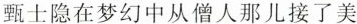
甄士隐在梦幻中从僧人那儿接了美